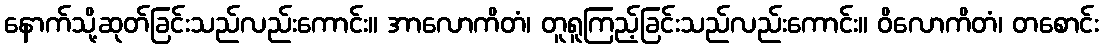
နောက်သို့ဆုတ်ခြင်းသည်လည်းကောင်း။ အာလောကိတံ၊ တူရူကြည့်ခြင်းသည်လည်းကောင်း။ ဝိလောကိတံ၊ တစောင်း